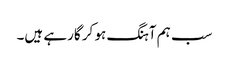
سب ہم آہنگ ہو کر گارہے ہیں۔